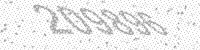
Solution: 209896